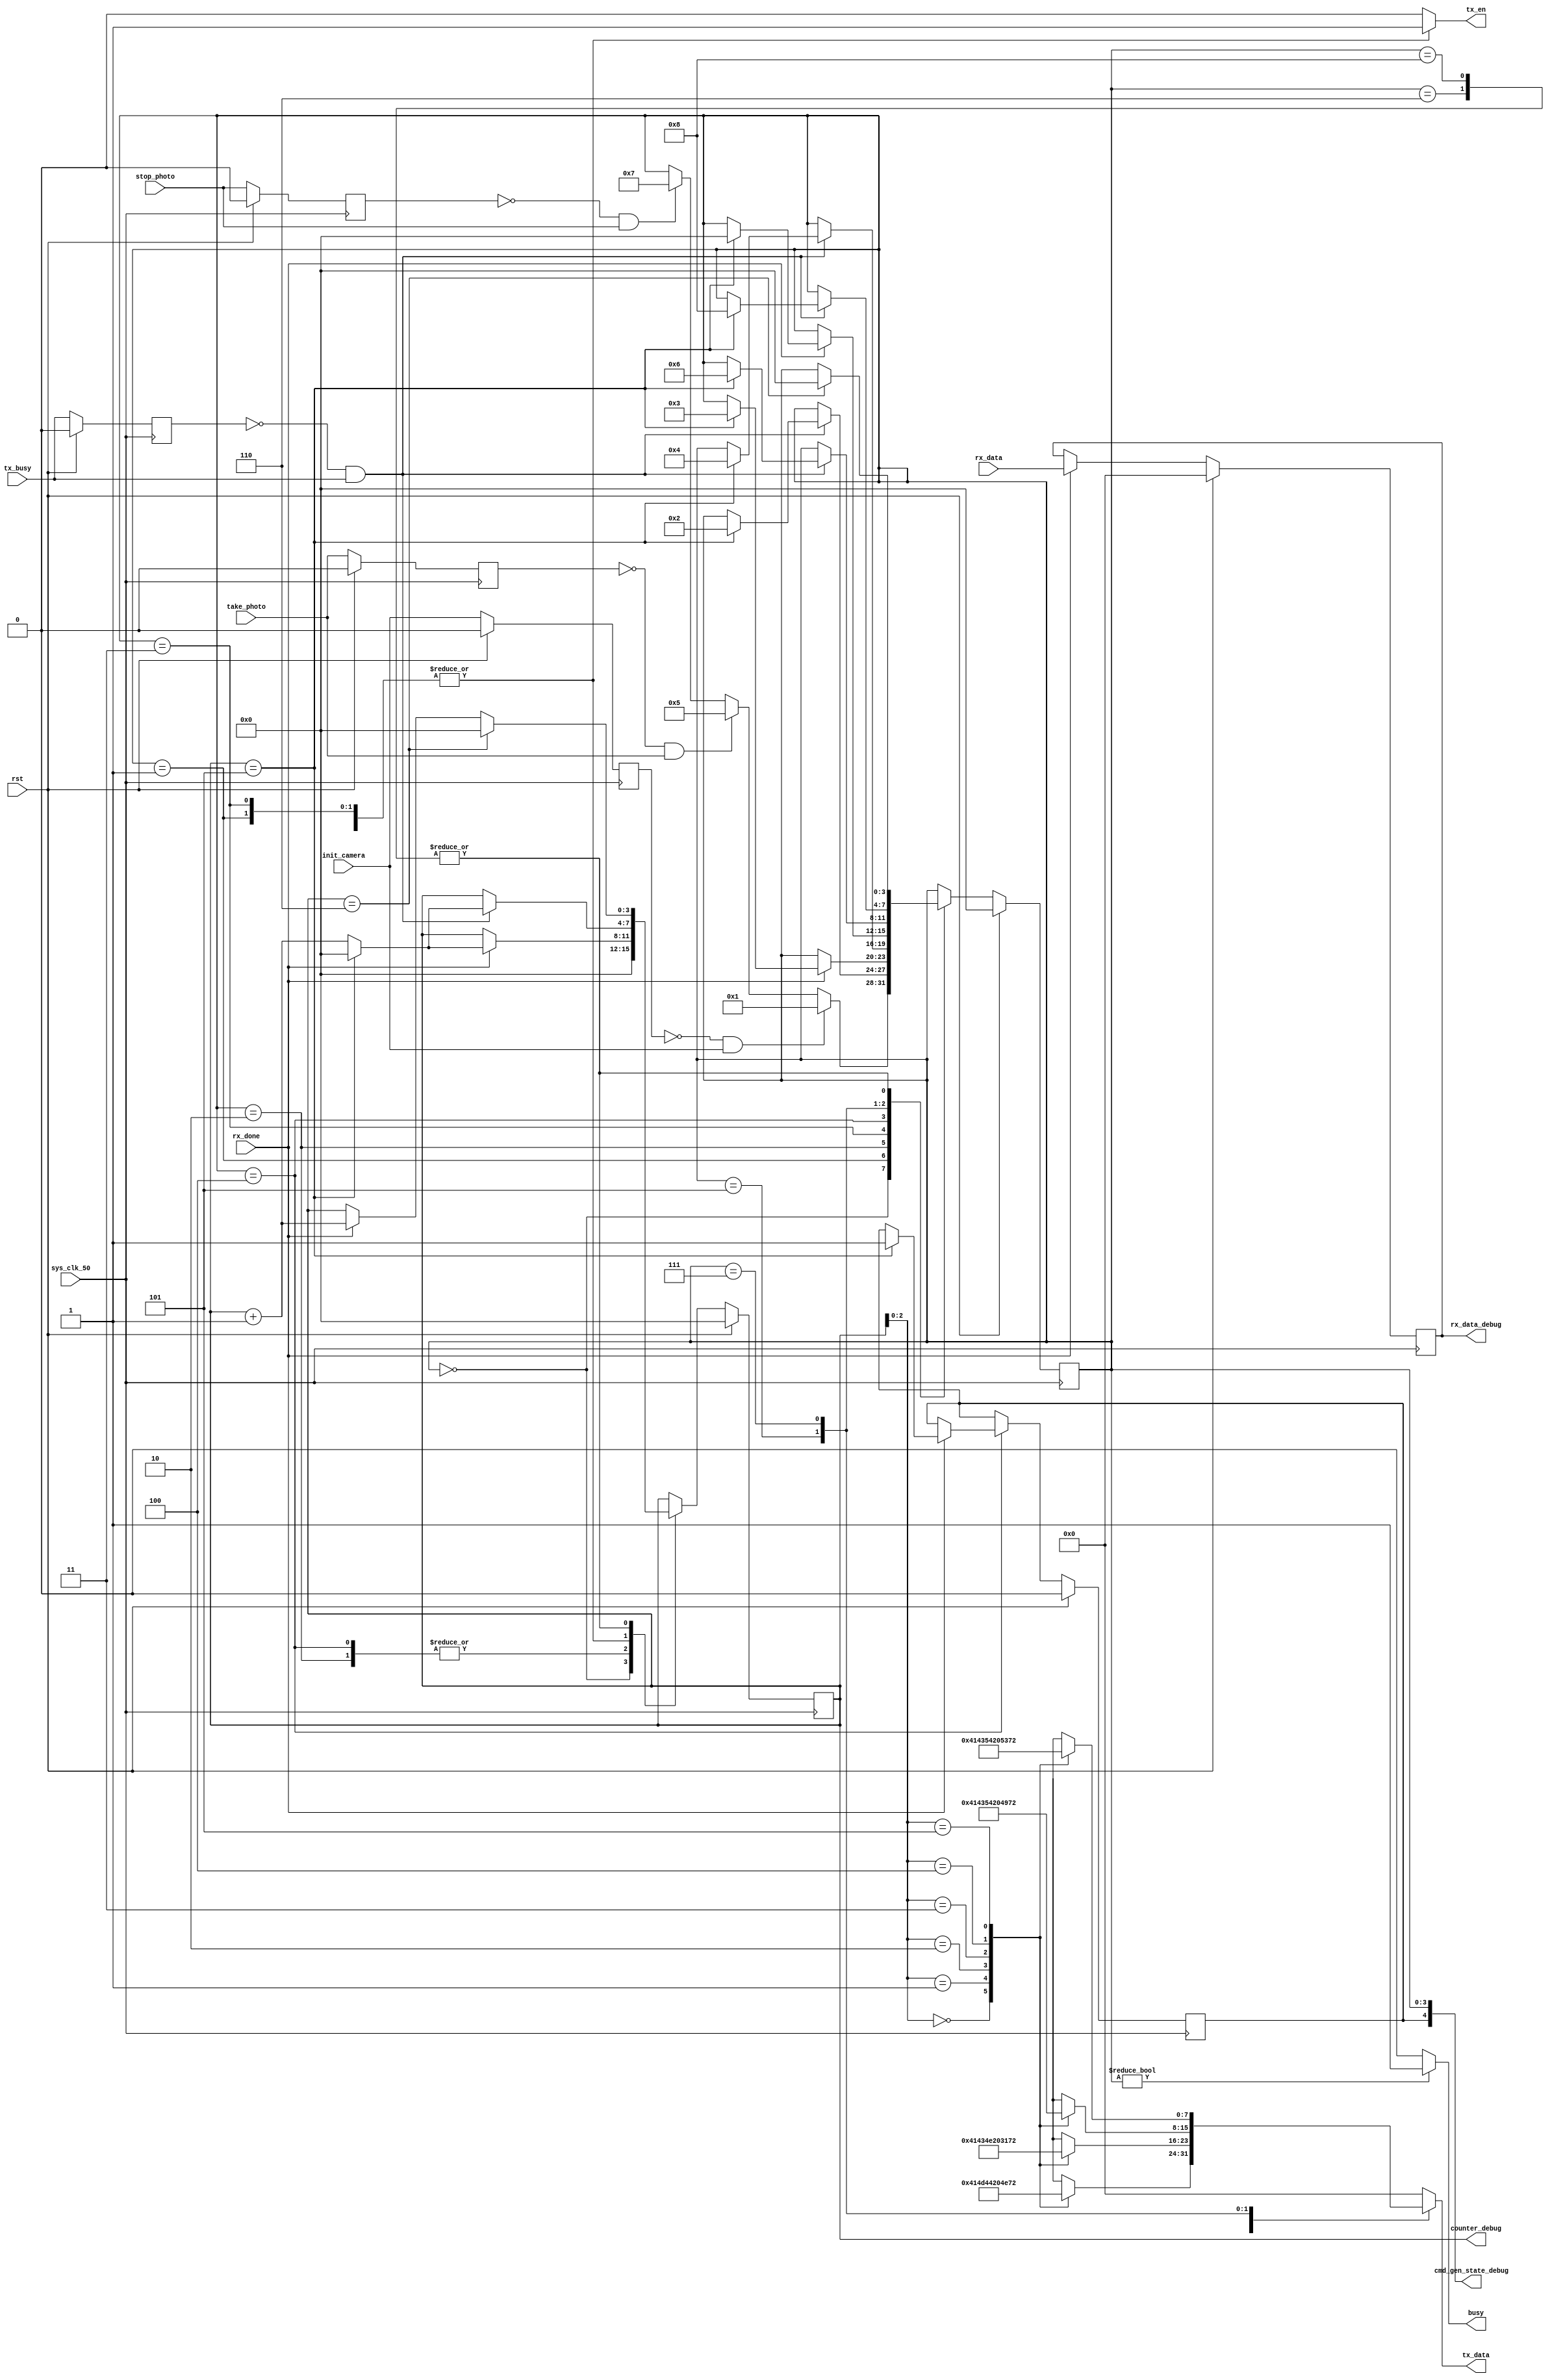
/*
 * Copyright (c) 2015, Ziliang Guo
 * All rights reserved.
 * 
 * Redistribution and use in source and binary forms, with or without
 * modification, are permitted provided that the following conditions are met:
 * * Redistributions of source code must retain the above copyright
 *   notice, this list of conditions and the following disclaimer.
 * * Redistributions in binary form must reproduce the above copyright
 *   notice, this list of conditions and the following disclaimer in the
 *   documentation and/or other materials provided with the distribution.
 * * Neither the name of Wisconsin Robotics nor the
 *   names of its contributors may be used to endorse or promote products
 *   derived from this software without specific prior written permission.
 *   
 * THIS SOFTWARE IS PROVIDED BY THE COPYRIGHT HOLDERS AND CONTRIBUTORS "AS IS" AND
 * ANY EXPRESS OR IMPLIED WARRANTIES, INCLUDING, BUT NOT LIMITED TO, THE IMPLIED
 * WARRANTIES OF MERCHANTABILITY AND FITNESS FOR A PARTICULAR PURPOSE ARE
 * DISCLAIMED. IN NO EVENT SHALL WISCONSIN ROBOTICS BE LIABLE FOR ANY
 * DIRECT, INDIRECT, INCIDENTAL, SPECIAL, EXEMPLARY, OR CONSEQUENTIAL DAMAGES
 * (INCLUDING, BUT NOT LIMITED TO, PROCUREMENT OF SUBSTITUTE GOODS OR SERVICES;
 * LOSS OF USE, DATA, OR PROFITS; OR BUSINESS INTERRUPTION) HOWEVER CAUSED AND
 * ON ANY THEORY OF LIABILITY, WHETHER IN CONTRACT, STRICT LIABILITY, OR TORT
 * (INCLUDING NEGLIGENCE OR OTHERWISE) ARISING IN ANY WAY OUT OF THE USE OF THIS
 * SOFTWARE, EVEN IF ADVISED OF THE POSSIBILITY OF SUCH DAMAGE.
 */

`define init_camera_amd_cnt 6
`define init_camera_acn_cnt 6
`define init_camera_act_i_cnt 6
`define init_camera_act_s_cnt 6

module camera_serial_command_generator
(
  init_camera,
  take_photo,
  stop_photo,
  tx_data,
  tx_en,
  tx_busy,
  rx_data,
  rx_done,
  sys_clk_50,
  rst,
  busy,
  cmd_gen_state_debug,
  counter_debug,
  rx_data_debug
);

`define idle_state 4'b0000
`define init_camera_amd_state 4'b0001
`define init_camera_amd_ack_state 4'b0010
`define init_camera_acn_state 4'b0011
`define init_camera_acn_ack_state 4'b0100
`define init_camera_act_i_state 4'b0101
`define init_camera_act_i_ack_state 4'b0110
`define init_camera_act_s_state 4'b0111
`define init_camera_act_s_ack_state 4'b1000

input init_camera;
input take_photo;
input stop_photo;

input sys_clk_50;
input rst;

input tx_busy;
output [7:0] tx_data;
output tx_en;

input [7:0] rx_data;
input rx_done;

output busy;

output [4:0] cmd_gen_state_debug;
output [3:0] counter_debug;
output [7:0] rx_data_debug;

reg [3:0] cmd_gen_state;
reg [3:0] cmd_gen_state_next;

reg [3:0] counter;
reg [3:0] counter_next;

wire [7:0] init_camera_amd [0:`init_camera_amd_cnt-1];
assign init_camera_amd[0] = "A";
assign init_camera_amd[1] = "M";
assign init_camera_amd[2] = "D";
assign init_camera_amd[3] = " ";
assign init_camera_amd[4] = "N";
assign init_camera_amd[5] = "\r";

wire [7:0] init_camera_acn [0:`init_camera_acn_cnt-1];
assign init_camera_acn[0] = "A";
assign init_camera_acn[1] = "C";
assign init_camera_acn[2] = "N";
assign init_camera_acn[3] = " ";
assign init_camera_acn[4] = "1";
assign init_camera_acn[5] = "\r";

wire [7:0] init_camera_act_i [0:`init_camera_act_i_cnt-1];
assign init_camera_act_i[0] = "A";
assign init_camera_act_i[1] = "C";
assign init_camera_act_i[2] = "T";
assign init_camera_act_i[3] = " ";
assign init_camera_act_i[4] = "I";
assign init_camera_act_i[5] = "\r";

wire [7:0] init_camera_act_s [0:`init_camera_act_s_cnt-1];
assign init_camera_act_s[0] = "A";
assign init_camera_act_s[1] = "C";
assign init_camera_act_s[2] = "T";
assign init_camera_act_s[3] = " ";
assign init_camera_act_s[4] = "S";
assign init_camera_act_s[5] = "\r";

reg busy_reg;
reg [7:0] tx_data_reg;
//(* KEEP = "TRUE" *) reg tx_en_reg;
reg tx_en_reg;
(* KEEP = "TRUE" *) reg [7:0] rx_data_reg;

assign rx_data_debug = rx_data_reg;

reg init_camera_reg;
reg take_photo_reg;
reg stop_photo_reg;

reg camera_initiated_reg;
reg camera_initiated_reg_next;

reg tx_busy_reg;

assign cmd_gen_state_debug = {camera_initiated_reg, cmd_gen_state};
assign counter_debug = counter;

always@(posedge sys_clk_50) begin
  if(rst) begin
    init_camera_reg <= 1'b0;
    take_photo_reg <= 1'b0;
    stop_photo_reg <= 1'b0;
    cmd_gen_state <= `idle_state;
    counter <= 4'd0;
    camera_initiated_reg <= 1'b0;
    tx_busy_reg <= 1'b0;
    rx_data_reg <= 8'd0;
  end
  else begin
    init_camera_reg <= init_camera;
    take_photo_reg <= take_photo;
    stop_photo_reg <= stop_photo;
    cmd_gen_state <= cmd_gen_state_next;
    counter <= counter_next;
    camera_initiated_reg <= camera_initiated_reg_next;
    tx_busy_reg <= tx_busy;
    if(rx_done) begin
      rx_data_reg <= rx_data;
    end
  end
end

always@(*) begin
  cmd_gen_state_next <= cmd_gen_state;
  busy_reg <= 1'b0;
  counter_next <= counter;
  tx_data_reg <= 8'd0;
  tx_en_reg <= 1'b0;
  camera_initiated_reg_next <= camera_initiated_reg;
  /*
  if(tx_busy_reg & ~tx_busy) begin
    camera_initiated_reg_next <= 1'b1;
  end
  */
  if(cmd_gen_state != `idle_state) begin
    busy_reg <= 1'b1;
  end
  
  case(cmd_gen_state)
    `idle_state: begin
      counter_next <= 4'd0;
      if(~init_camera_reg & init_camera) begin
        cmd_gen_state_next <= `init_camera_amd_state;
      end
      else if(~take_photo_reg & take_photo) begin
        cmd_gen_state_next <= `init_camera_act_i_state;
      end
      else if(~stop_photo_reg & stop_photo) begin
        cmd_gen_state_next <= `init_camera_act_s_state;
      end
    end
    
    `init_camera_amd_state: begin
      tx_data_reg <= init_camera_amd[counter];
      tx_en_reg <= 1'b1;
      if(~tx_busy_reg & tx_busy) begin
        counter_next <= counter + 4'd1;
        if(counter == 4'd5) begin
          cmd_gen_state_next <= `init_camera_amd_ack_state;
          counter_next <= 4'd0;
        end
      end
    end
    
    `init_camera_amd_ack_state: begin
      if(rx_done == 1'b1) begin
        counter_next <= counter + 4'd1;
        if(counter == 4'd5) begin
          cmd_gen_state_next <= `init_camera_acn_state;
          counter_next <= 4'd0;
        end
      end
    end
    
    `init_camera_acn_state: begin
      tx_data_reg <= init_camera_acn[counter];
      tx_en_reg <= 1'b1;
      if(~tx_busy_reg & tx_busy) begin
        counter_next <= counter + 4'd1;
        if(counter == 4'd5) begin
          cmd_gen_state_next <= `init_camera_acn_ack_state;
          counter_next <= 4'd0;
        end
      end
    end
    
    `init_camera_acn_ack_state: begin
      if(rx_done == 1'b1) begin
        counter_next <= counter + 4'd1;
        if(counter == 4'd5) begin
          camera_initiated_reg_next <= 1'b1;
          cmd_gen_state_next <= `idle_state;
          counter_next <= 4'd0;
        end
      end
    end
    
    `init_camera_act_i_state: begin
      tx_data_reg <= init_camera_act_i[counter];
      tx_en_reg <= 1'b1;
      if(~tx_busy_reg & tx_busy) begin
        if(counter == (`init_camera_act_i_cnt - 1)) begin
          cmd_gen_state_next <= `init_camera_act_i_ack_state;
          counter_next <= 4'd0;
        end
        else begin
          counter_next <= counter + 4'd1;
        end
      end
    end
    
    `init_camera_act_i_ack_state: begin
      if(counter == `init_camera_act_i_cnt) begin
        cmd_gen_state_next <= `idle_state;
        counter_next <= 4'd0;
      end
      else if(rx_done) begin
        counter_next <= counter + 4'd1;
      end
    end
    
    `init_camera_act_s_state: begin
      tx_data_reg <= init_camera_act_s[counter];
      tx_en_reg <= 1'b1;
      if(~tx_busy_reg & tx_busy) begin
        if(counter == (`init_camera_act_s_cnt - 1)) begin
          cmd_gen_state_next <= `init_camera_act_s_ack_state;
          counter_next <= 4'd0;
        end
        else begin
          counter_next <= counter + 4'd1;
        end
      end
    end
    
    `init_camera_act_s_ack_state: begin
      if(counter == `init_camera_act_s_cnt) begin
        cmd_gen_state_next <= `idle_state;
        counter_next <= 4'd0;
      end
      else if(rx_done) begin
        counter_next <= counter + 4'd1;
      end
    end
    
  endcase
end

assign busy = busy_reg;
assign tx_data = tx_data_reg;
assign tx_en = tx_en_reg;

endmodule